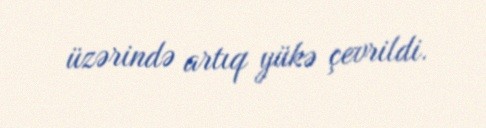
üzərində artıq yükə çevrildi.